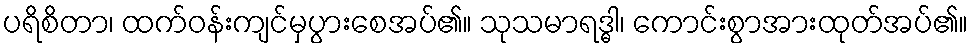
ပရိစိတာ၊ ထက်ဝန်းကျင်မှပွားစေအပ်၏။ သုသမာရဒ္ဓါ၊ ကောင်းစွာအားထုတ်အပ်၏။